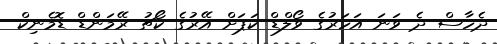
ދެހާސް ދެ ވަނަ އަހަރުގެ ވޯލްޑް ކަޕަށް އޭރުގެ ކޯޗު ރޭމަންޑް ޑޮމެނިކް